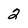
Character: 2